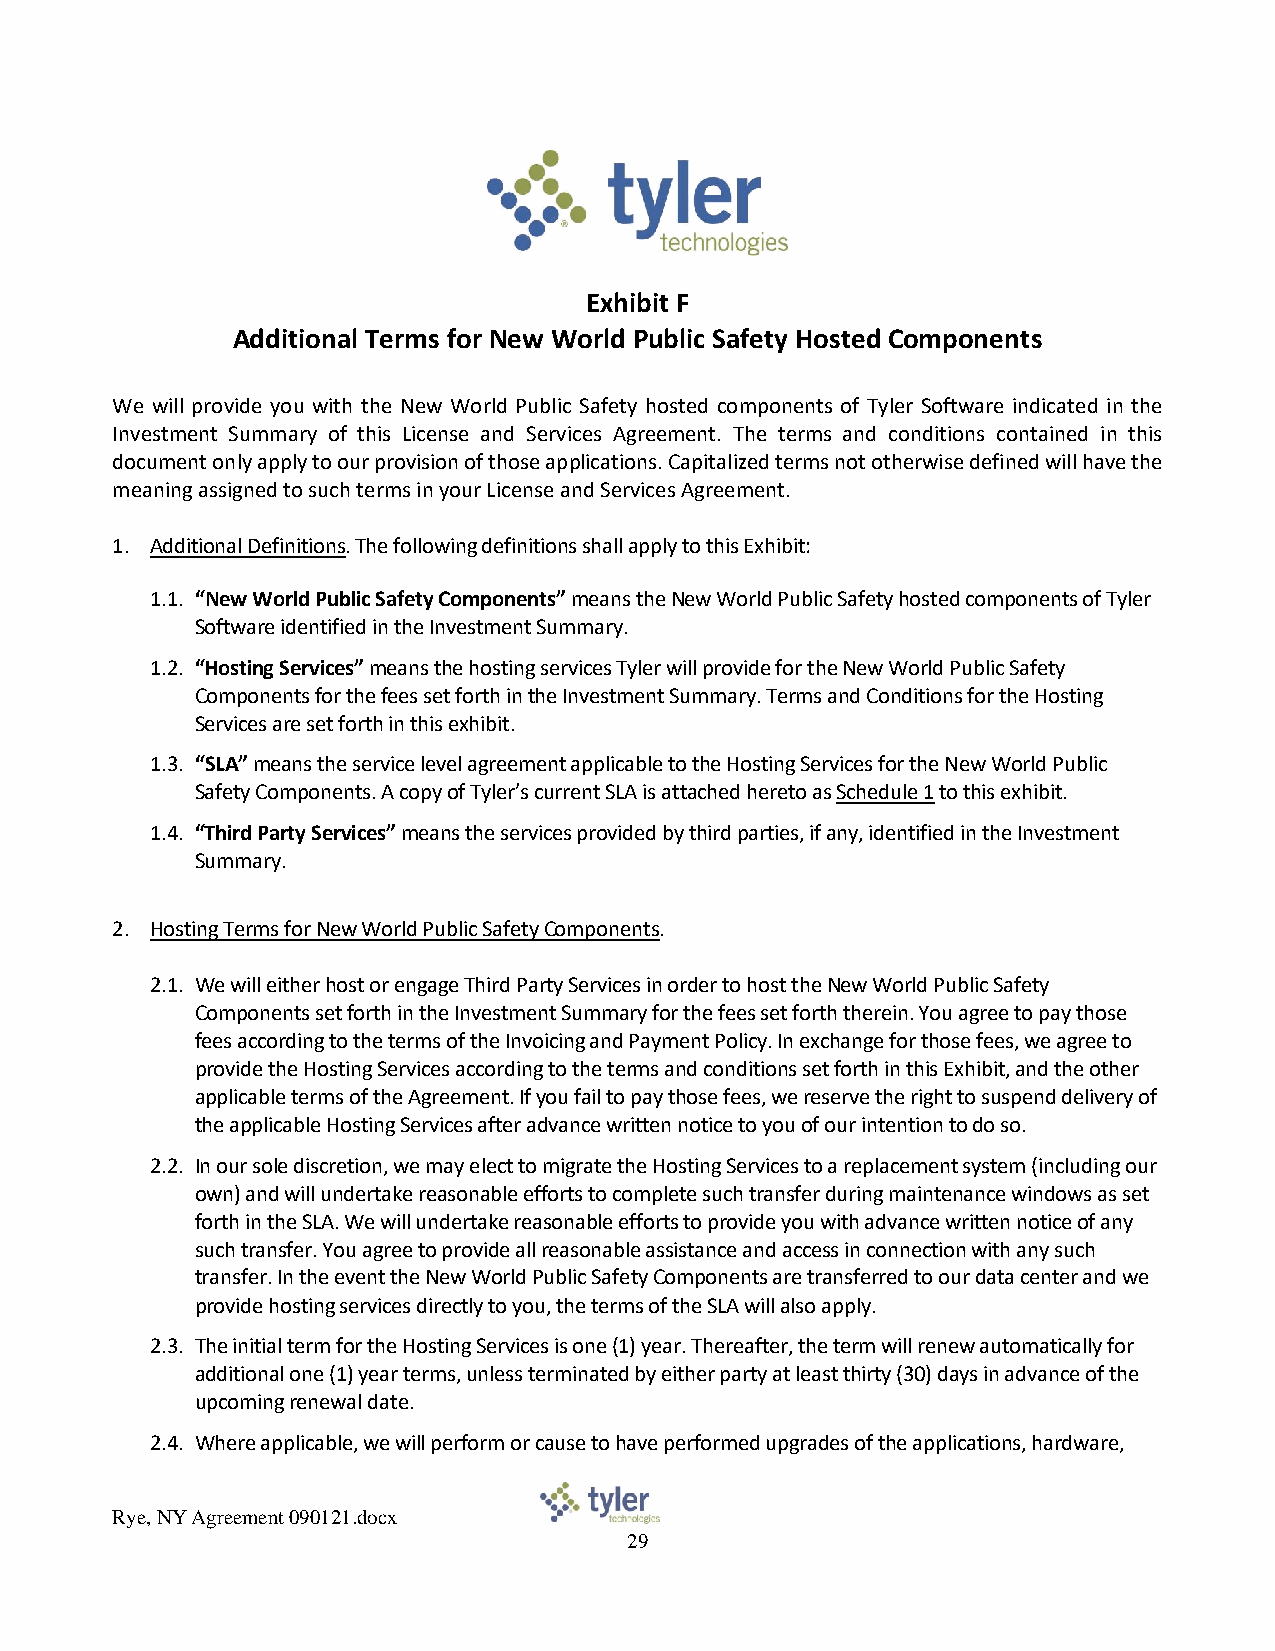
Exhibit F
 Additional Terms for New World Public Safety Hosted Components
 We will provide you with the New World Public Safety hosted components of Tyler Software indicated in the
 Investment Summary of this License and Services Agreement. The terms and conditions contained in this
 document only apply to our provision of those applications. Capitalized terms not otherwise defined will have the
 meaning assigned to such terms in your License and Services Agreement.
 1. Additional Definitions. The following definitions shall apply to this Exhibit:
 1.1. “New World Public Safety Components” means the New World Public Safety hosted components of Tyler
 Software identified in the Investment Summary.
 1.2. “Hosting Services” means the hosting services Tyler will provide for the New World Public Safety
 Components for the fees set forth in the Investment Summary. Terms and Conditions for the Hosting
 Services are set forth in this exhibit.
 1.3. “SLA” means the service level agreement applicable to the Hosting Services for the New World Public
 Safety Components. A copy of Tyler’s current SLA is attached hereto as Schedule 1 to this exhibit.
 1.4. “Third Party Services” means the services provided by third parties, if any, identified in the Investment
 Summary.
 2. Hosting Terms for New World Public Safety Components.
 2.1. We will either host or engage Third Party Services in order to host the New World Public Safety
 Components set forth in the Investment Summary for the fees set forth therein. You agree to pay those
 fees according to the terms of the Invoicing and Payment Policy. In exchange for those fees, we agree to
 provide the Hosting Services according to the terms and conditions set forth in this Exhibit, and the other
 applicable terms of the Agreement. If you fail to pay those fees, we reserve the right to suspend delivery of
 the applicable Hosting Services after advance written notice to you of our intention to do so.
 2.2. In our sole discretion, we may elect to migrate the Hosting Services to a replacement system (including our
 own) and will undertake reasonable efforts to complete such transfer during maintenance windows as set
 forth in the SLA. We will undertake reasonable efforts to provide you with advance written notice of any
 such transfer. You agree to provide all reasonable assistance and access in connection with any such
 transfer. In the event the New World Public Safety Components are transferred to our data center and we
 provide hosting services directly to you, the terms of the SLA will also apply.
 2.3. The initial term for the Hosting Services is one (1) year. Thereafter, the term will renew automatically for
 additional one (1) year terms, unless terminated by either party at least thirty (30) days in advance of the
 upcoming renewal date.
 2.4. Where applicable, we will perform or cause to have performed upgrades of the applications, hardware,
 Rye, NY Agreement 090121.docx
 29